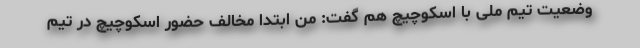
وضعیت تیم ملی با اسکوچیچ هم گفت: من ابتدا مخالف حضور اسکوچیچ در تیم